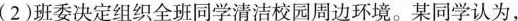
(2)班委决定组织全班同学清洁校园周边环境。某同学认为，